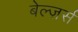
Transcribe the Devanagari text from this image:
बेल्ज़र्स